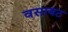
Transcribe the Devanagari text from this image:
वसाबट